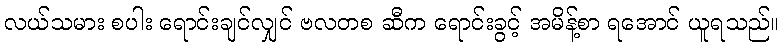
လယ်သမား စပါး ရောင်းချင်လျှင် ဗလတစ ဆီက ရောင်းခွင့် အမိန့်စာ ရအောင် ယူရသည်။